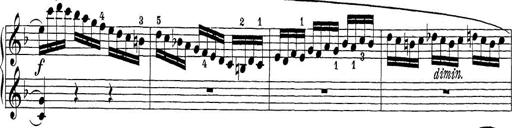
Title: Sonatina Album
Composer: Louis KÃ¶hler